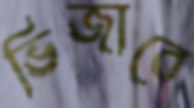
ভিজাবে